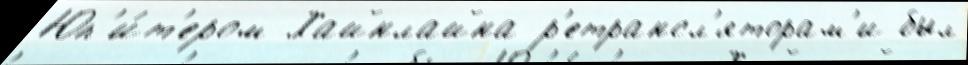
Юп'и́т'ером Хайнлайна р'етрансл'яторам'и был